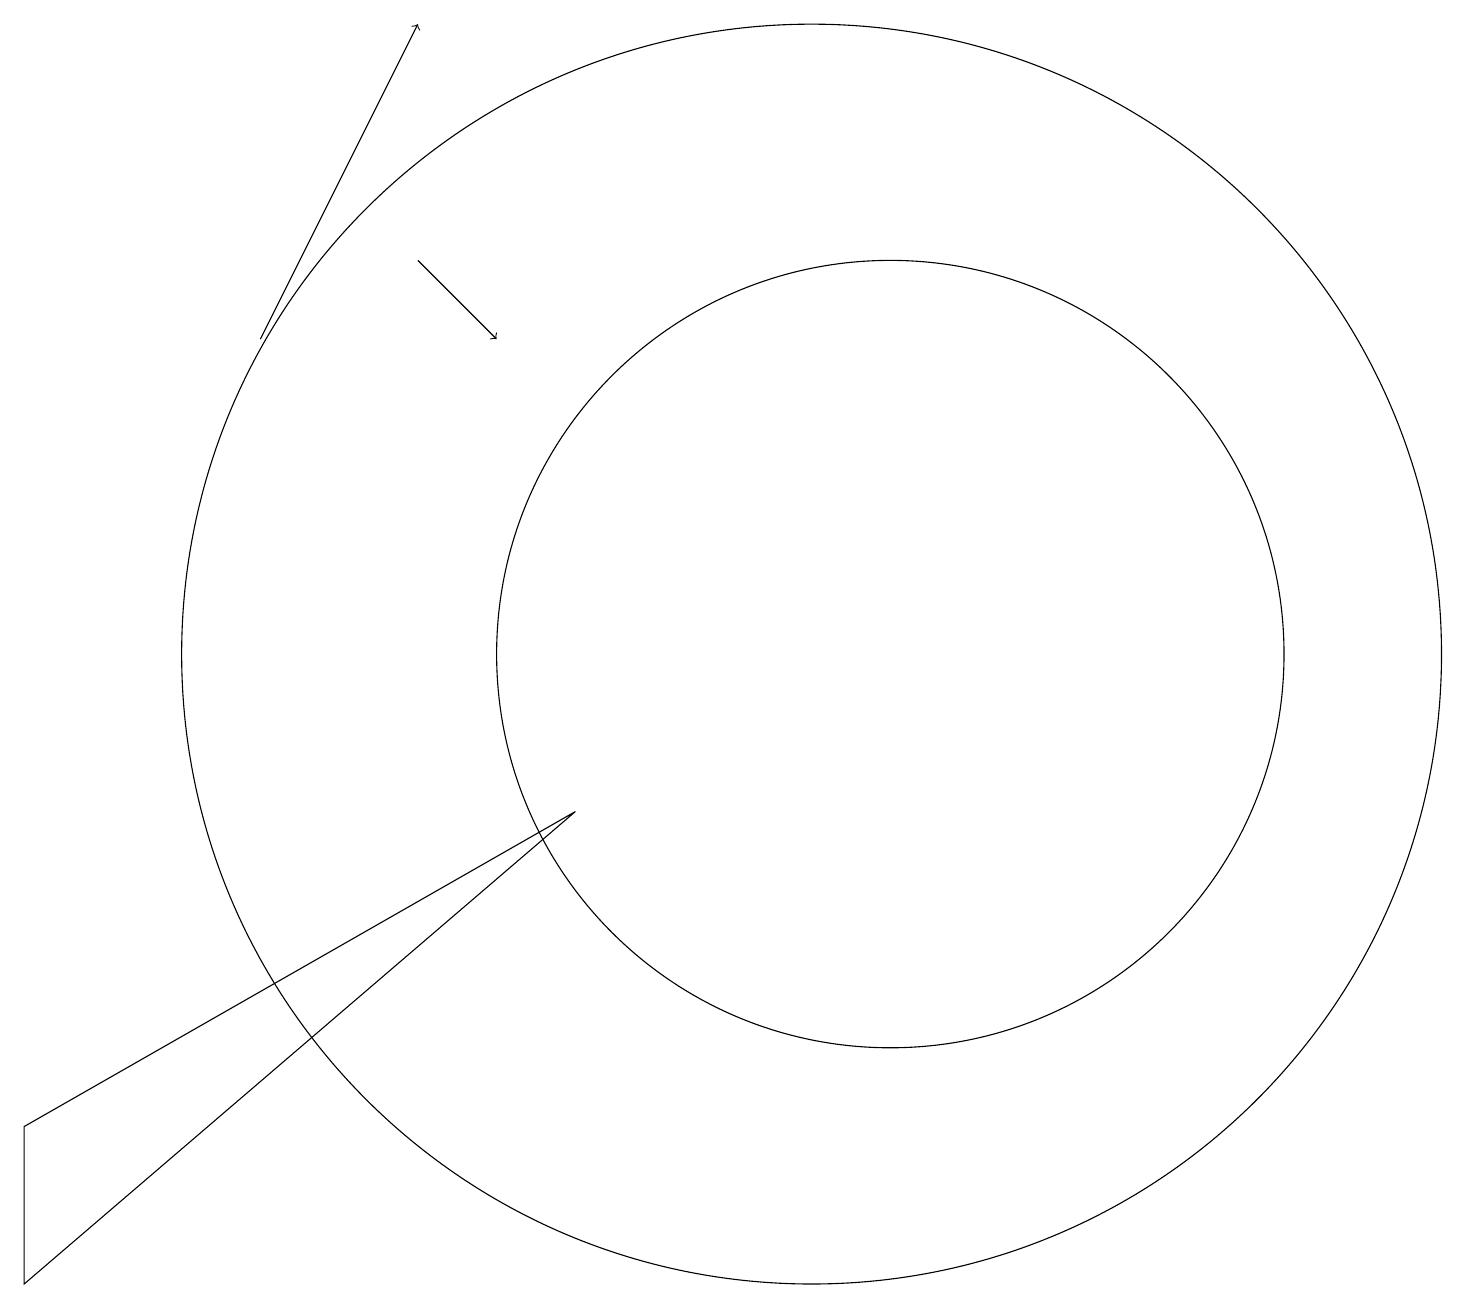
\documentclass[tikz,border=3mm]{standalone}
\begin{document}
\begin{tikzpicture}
\draw (0,5) -- (7,9) -- (0,3) -- cycle;
\draw (10,11) circle (8);
\draw[->] (5,16) -- (6,15);
\draw[->] (3,15) -- (5,19);
\draw (11,11) circle (5);
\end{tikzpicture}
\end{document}